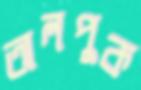
তালপুক